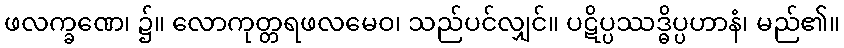
ဖလက္ခဏေ၊ ၌။ လောကုတ္တရဖလမေဝ၊ သည်ပင်လျှင်။ ပဋိပ္ပဿဒ္ဓိပ္ပဟာနံ၊ မည်၏။